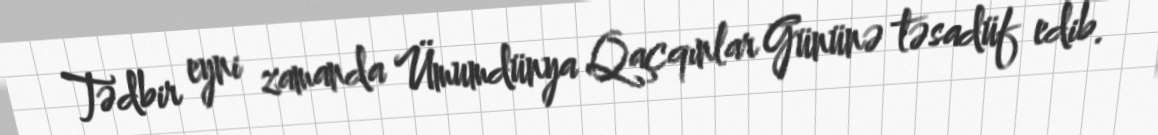
Tədbir eyni zamanda Ümumdünya Qaçqınlar Gününə təsadüf edib.